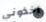
أخذوني